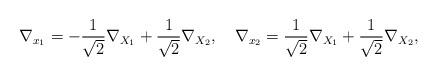
LaTeX: \begin{align*}\nabla_{x_1}=-\frac{1}{\sqrt{2}} \nabla_{X_1}+\frac{1}{\sqrt{2}}\nabla_{X_2},\ \ \ \nabla_{x_2}=\frac{1}{\sqrt{2}}\nabla_{X_1}+\frac{1}{\sqrt{2}}\nabla_{X_2}, \end{align*}